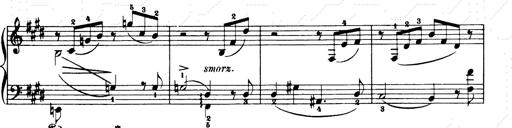
Title: Consolations and LiebestrÃ¤ume for the Piano
Composer: Franz Liszt